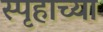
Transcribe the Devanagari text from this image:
स्पृहाच्या